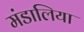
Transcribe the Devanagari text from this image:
मंडालिया